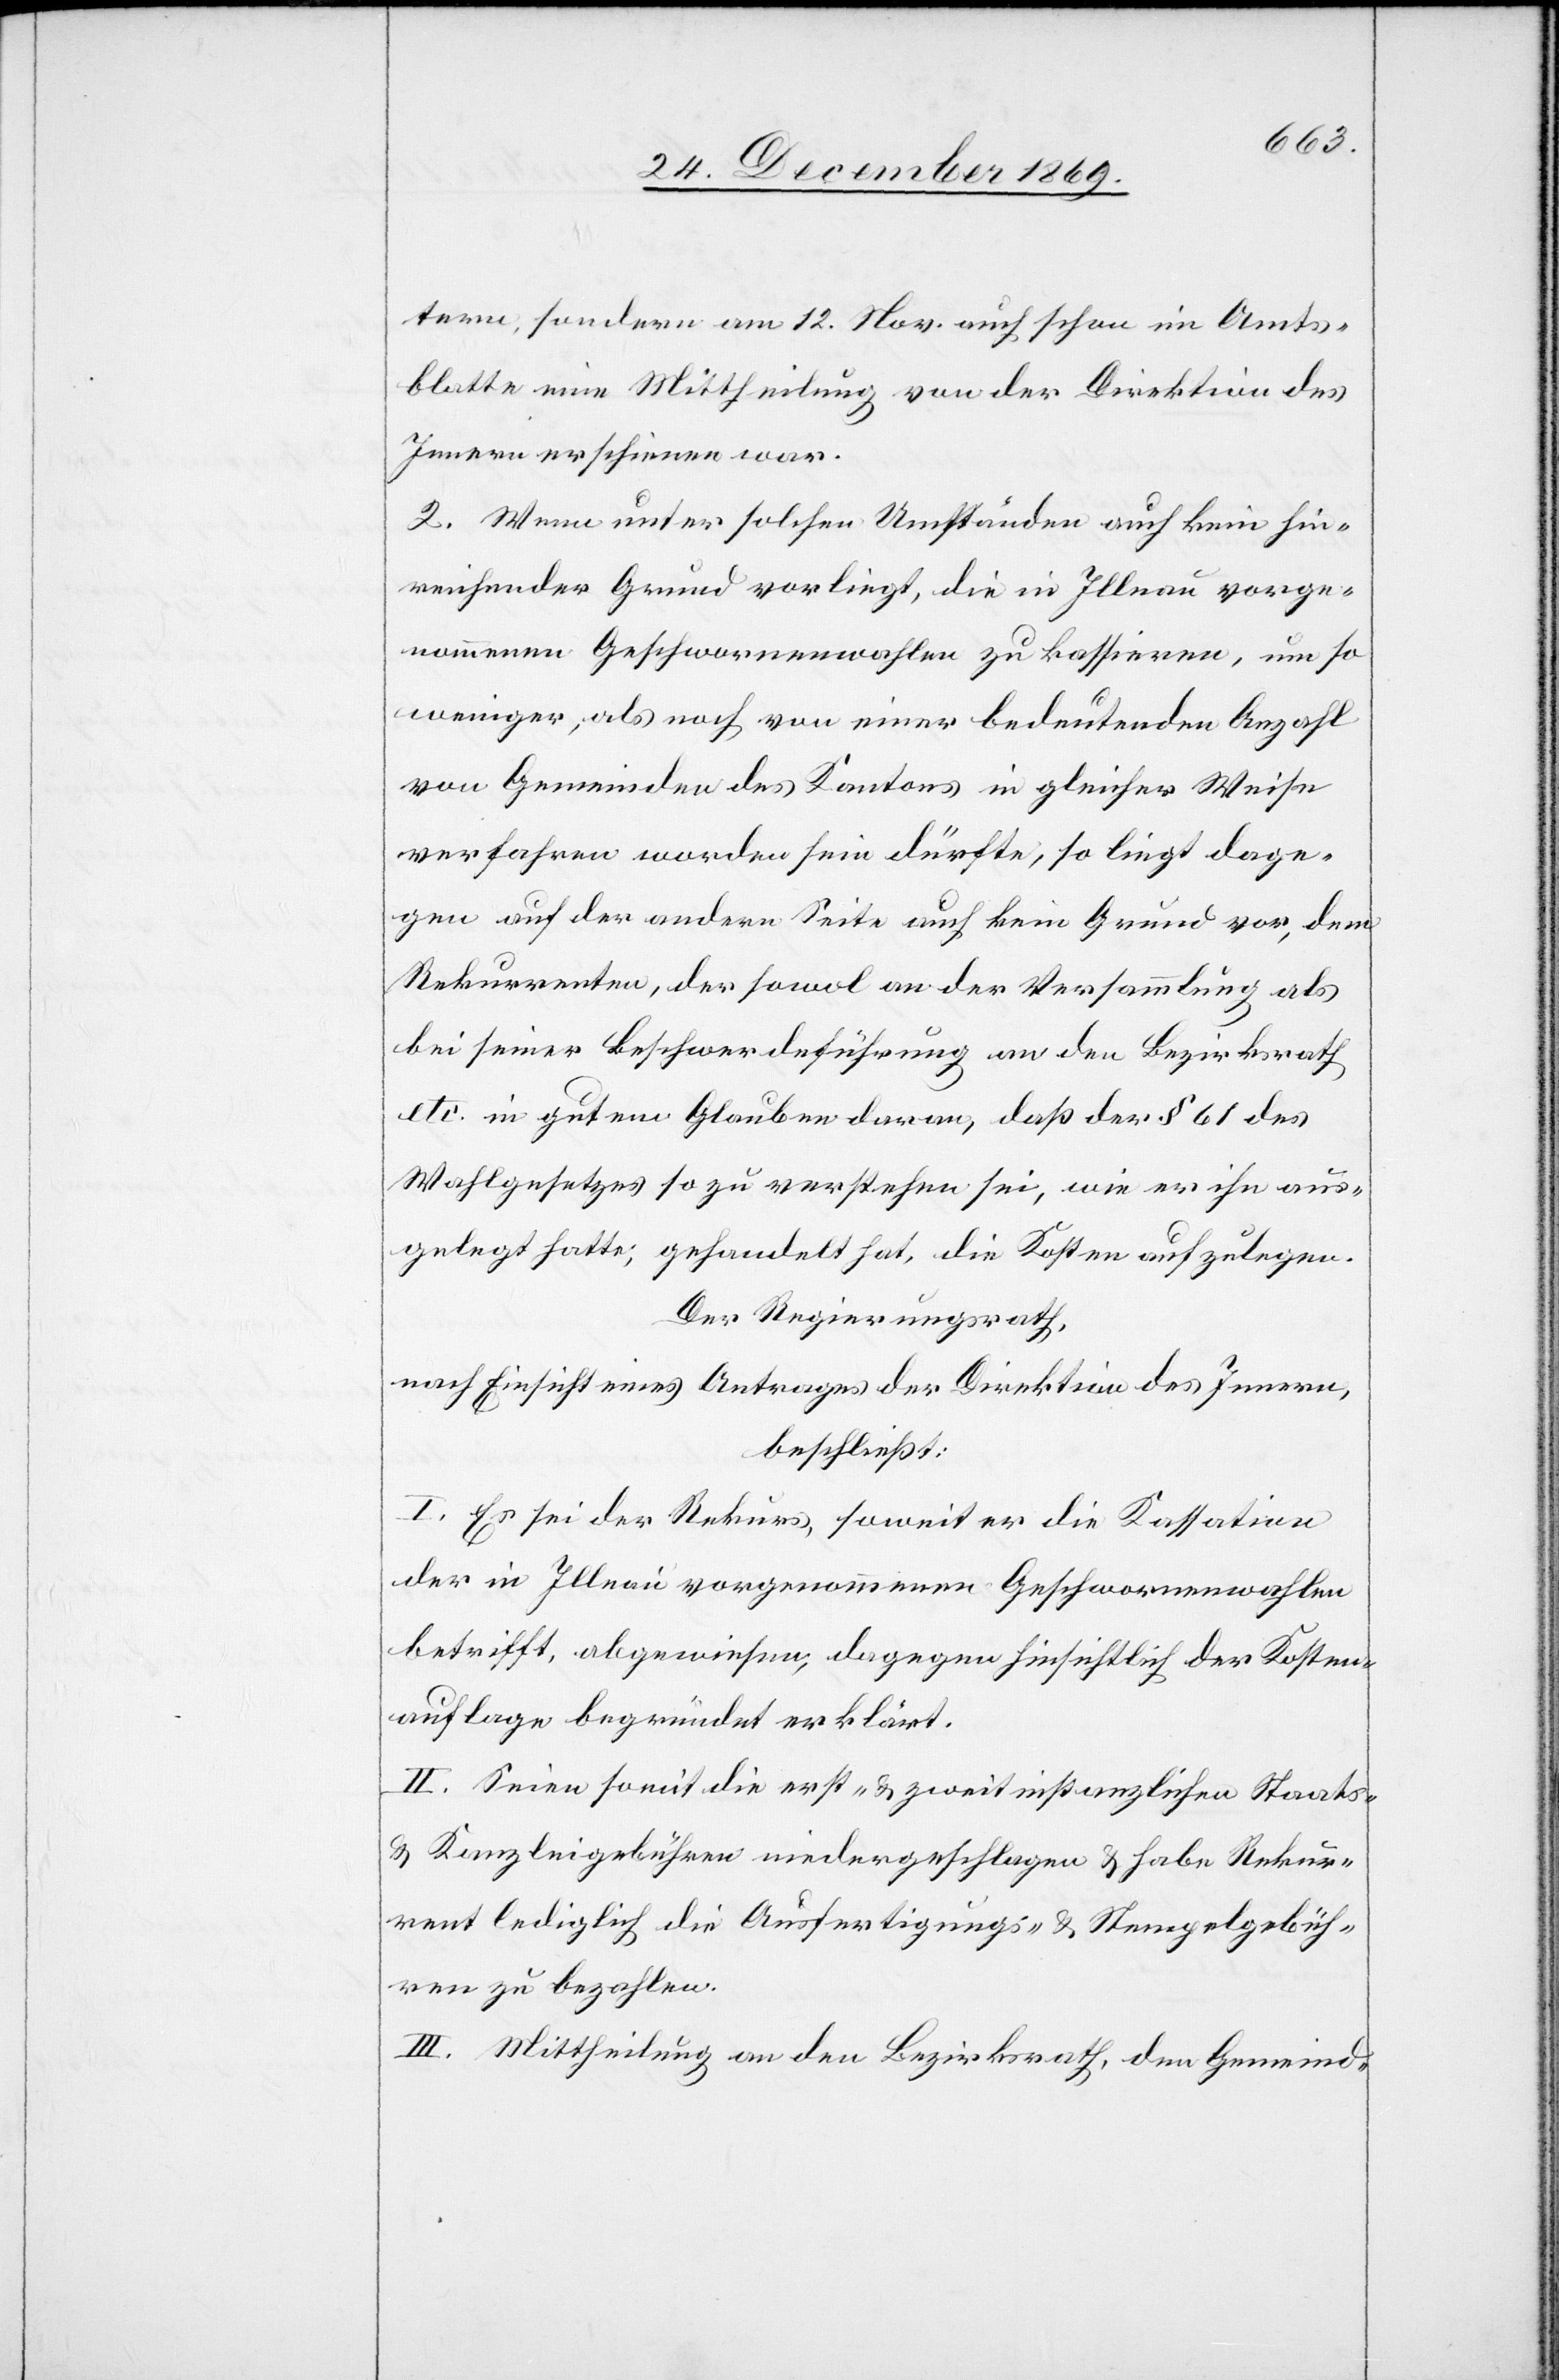
tern, sondern am 12. Nov. auch schon im Amts¬
blatte eine Mittheilung von der Direktion des
Innern erschienen war.
2. Wenn unter solchen Umständen auch kein hin¬
reichender Grund vorliegt, die in Illnau vorge¬
nommenen Geschwornenwahlen zu kassieren, um so
weniger, als noch von einer bedeutenden Anzahl
von Gemeinden des Kantons in gleicher Weise
verfahren worden sein dürfte, so liegt dage¬
gen auf der andern Seite auch kein Grund vor, dem
Rekurrenten, der sowol an der Versammlung als
bei seiner Beschwerdeführung an den Bezirksrath
etc. in gutem Glauben daran, daß der § 61 des
Wahlgesetzes so zu verstehen sei, wie er ihn aus¬
gelegt hatte, gehandelt hat, die Kosten aufzulegen.
Der Regierungsrath,
nach Einsicht eines Antrages der Direktion des Innern,
beschließt:
I. Es sei der Rekurs, soweit er die Kassation
der in Illnau vorgenommenen Geschwornenwahlen
betrifft, abgewiesen, dagegen hinsichtlich der Kosten¬
auflage begründet erklärt.
II. Seien somit die erst- & zweitinstanzlichen Staats-
& Kanzleigebühren niedergeschlagen & habe Rekur¬
rent lediglich die Ausfertigungs- & Stempelgebüh¬
ren zu bezahlen.
III. Mittheilung an den Bezirksrath, den Gemeind-